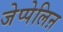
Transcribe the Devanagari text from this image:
जेप्पेलिऩ